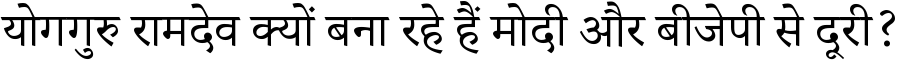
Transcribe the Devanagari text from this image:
योगगुरु रामदेव क्यों बना रहे हैं मोदी और बीजेपी से दूरी?